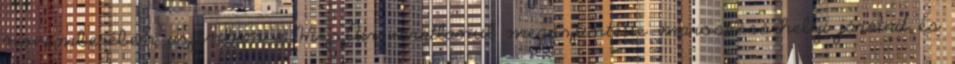
novemberében azonban a WizzAir váratlanul megszüntette marosvásárhelyi járatait és